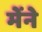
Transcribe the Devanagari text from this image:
मेंने